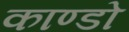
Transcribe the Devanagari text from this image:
काण्डो